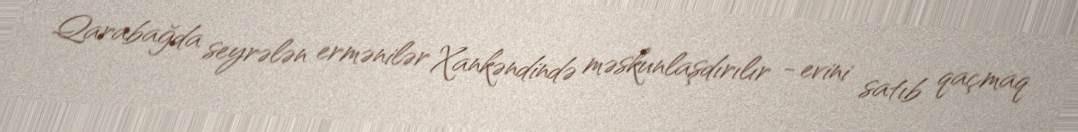
Qarabağda seyrələn ermənilər Xankəndində məskunlaşdırılır - evini satıb qaçmaq